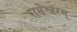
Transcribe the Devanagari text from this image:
रामेश्वरम्‌